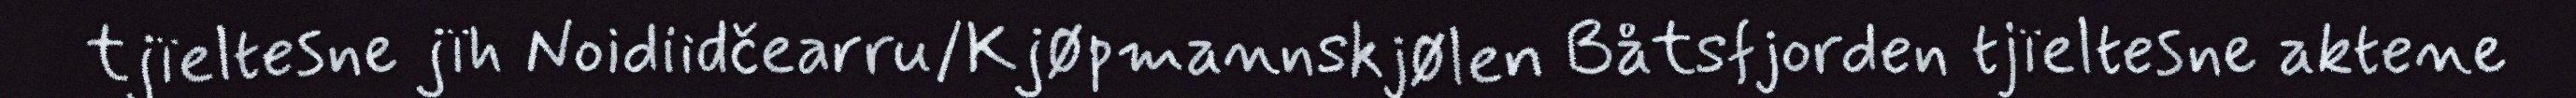
tjïeltesne jïh Noidiidčearru/Kjøpmannskjølen Båtsfjorden tjïeltesne aktene